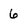
Character: 6